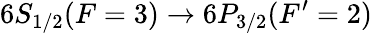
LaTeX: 6S_{1/2}(F=3)\rightarrow 6P_{3/2}(F^{\prime}=2)